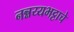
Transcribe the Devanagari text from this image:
नन्नय्यभट्टाचे